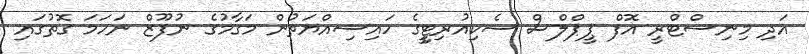
އަދި މިނިސްޓްރީ އޮފް ޕީޕްލްސް ސެކިއުރިޓީީގެ ހައިސިއްޔަތުން މަގާމުގެ ނުފޫޒް ނަހަމަ ގޮތުގައި